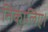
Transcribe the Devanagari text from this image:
निकालिए।